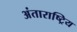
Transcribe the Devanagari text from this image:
अंताराष्ट्रिय